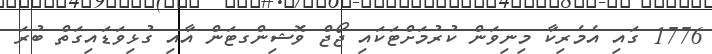
1776 ގައި އެމެރިކާ މިނިވަން ކުރުމަށްޓަކައި ޖޯޖް ވޮޝިންގޓަން އާއި ގުޅިވަޑައިގަތް ބުރަ